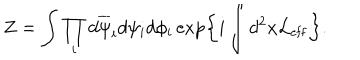
LaTeX: Z = \int \prod _ { i } d \overline { { { \psi } } } _ { i } d \psi _ { i } d \phi _ { i } \exp \left\{ i \int d ^ { 2 } x { \cal L } _ { \mathrm { e f f } } \right\} .